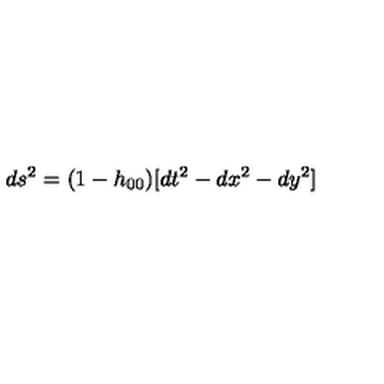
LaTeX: d s ^ { 2 } = ( 1 - h _ { 0 0 } ) [ d t ^ { 2 } - d x ^ { 2 } - d y ^ { 2 } ]